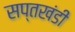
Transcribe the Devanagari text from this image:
सप्तखंडी